Civil Veterinary Dept. Bombay admin report 1932-41 - 1932-1941
Year: 1932
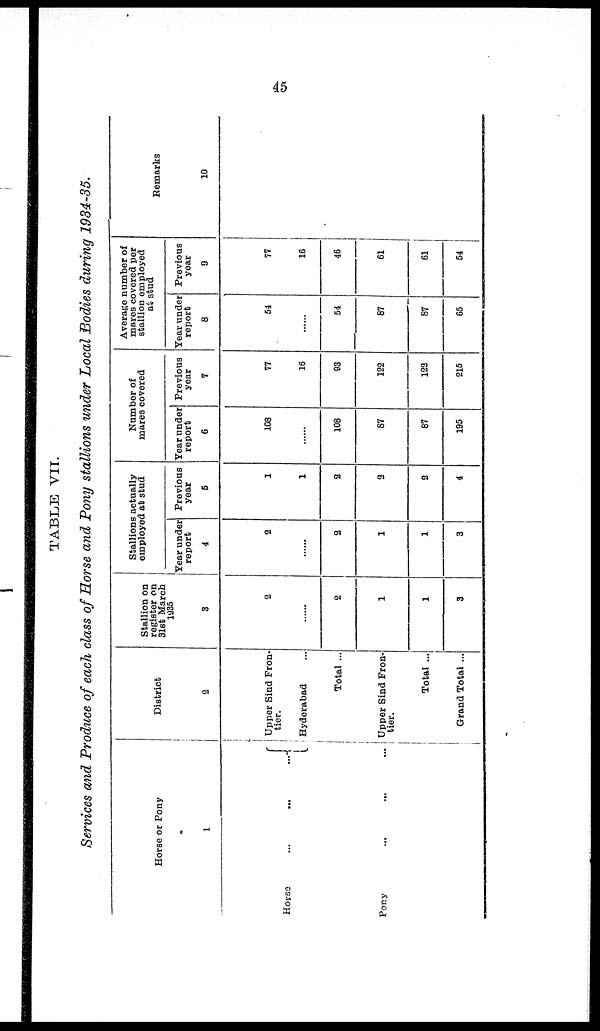
45
TABLE VII.
Services and Produce of each class of Horse and Pony stallions under Local Bodies during 1934-35.
Horse or Pony
1
Horse
...
...
...
Pony
...
...
...
District
2
Upper Sind Fron-
tier.
Hyderabad ...
Total ...
Upper Sind Fron-
tier.
Total ...
Grand Total ...
Stallion on
register on
31st March
1935
3
2
......
2
1
1
3
Stallions actually
employed at stud
Year under
report
4
2
......
2
1
1
3
Previous
year
5
1
1
2
2
2
4
Number of
mares covered
Year under
report
6
108
......
108
87
87
195
Previous
year
7
77
16
93
122
122
215
Average number of
mares covered per
stallion employed
at stud
Year under
report
8
54
......
54
87
87
65
Previous
year
9
77
16
46
61
61
54
Remarks
10